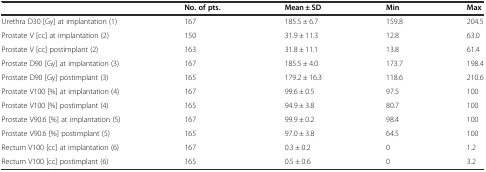
<table><thead><tr><td></td><td><b>No. of pts.</b></td><td><b>Mean ± SD</b></td><td><b>Min</b></td><td><b>Max</b></td></tr></thead><tbody><tr><td>Urethra D30 [Gy] at implantation (1)</td><td>167</td><td>185.5 ± 6.7</td><td>159.8</td><td>204.5</td></tr><tr><td>Prostate V [cc] at implantation (2)</td><td>150</td><td>31.9 ± 11.3</td><td>12.8</td><td>63.0</td></tr><tr><td>Prostate V [cc] postimplant (2)</td><td>163</td><td>31.8 ± 11.1</td><td>13.8</td><td>61.4</td></tr><tr><td>Prostate D90 [Gy] at implantation (3)</td><td>167</td><td>185.5 ± 4.0</td><td>173.7</td><td>198.4</td></tr><tr><td>Prostate D90 [Gy] postimplant (3)</td><td>165</td><td>179.2 ± 16.3</td><td>118.6</td><td>210.6</td></tr><tr><td>Prostate V100 [%] at implantation (4)</td><td>167</td><td>99.6 ± 0.5</td><td>97.5</td><td>100</td></tr><tr><td>Prostate V100 [%] postimplant (4)</td><td>165</td><td>94.9 ± 3.8</td><td>80.7</td><td>100</td></tr><tr><td>Prostate V90.6 [%] at implantation (5)</td><td>167</td><td>99.9 ± 0.2</td><td>98.4</td><td>100</td></tr><tr><td>Prostate V90.6 [%] postimplant (5)</td><td>165</td><td>97.0 ± 3.8</td><td>64.5</td><td>100</td></tr><tr><td>Rectum V100 [cc] at implantation (6)</td><td>167</td><td>0.3 ± 0.2</td><td>0</td><td>1.2</td></tr><tr><td>Rectum V100 [cc] postimplant (6)</td><td>165</td><td>0.5 ± 0.6</td><td>0</td><td>3.2</td></tr></tbody></table>